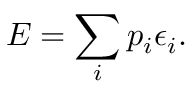
E = \sum _ { i } { p _ { i } \epsilon _ { i } } .